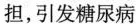
担，引发糖尿病